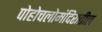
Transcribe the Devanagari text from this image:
पोहोचलोमंदिरातील